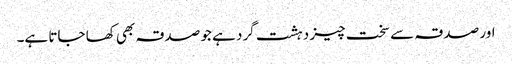
اور صدقہ سے سخت چیز دہشت گرد ہے جو صدقہ بھی کھا جاتا ہے۔